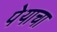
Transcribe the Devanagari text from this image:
पेयाचा